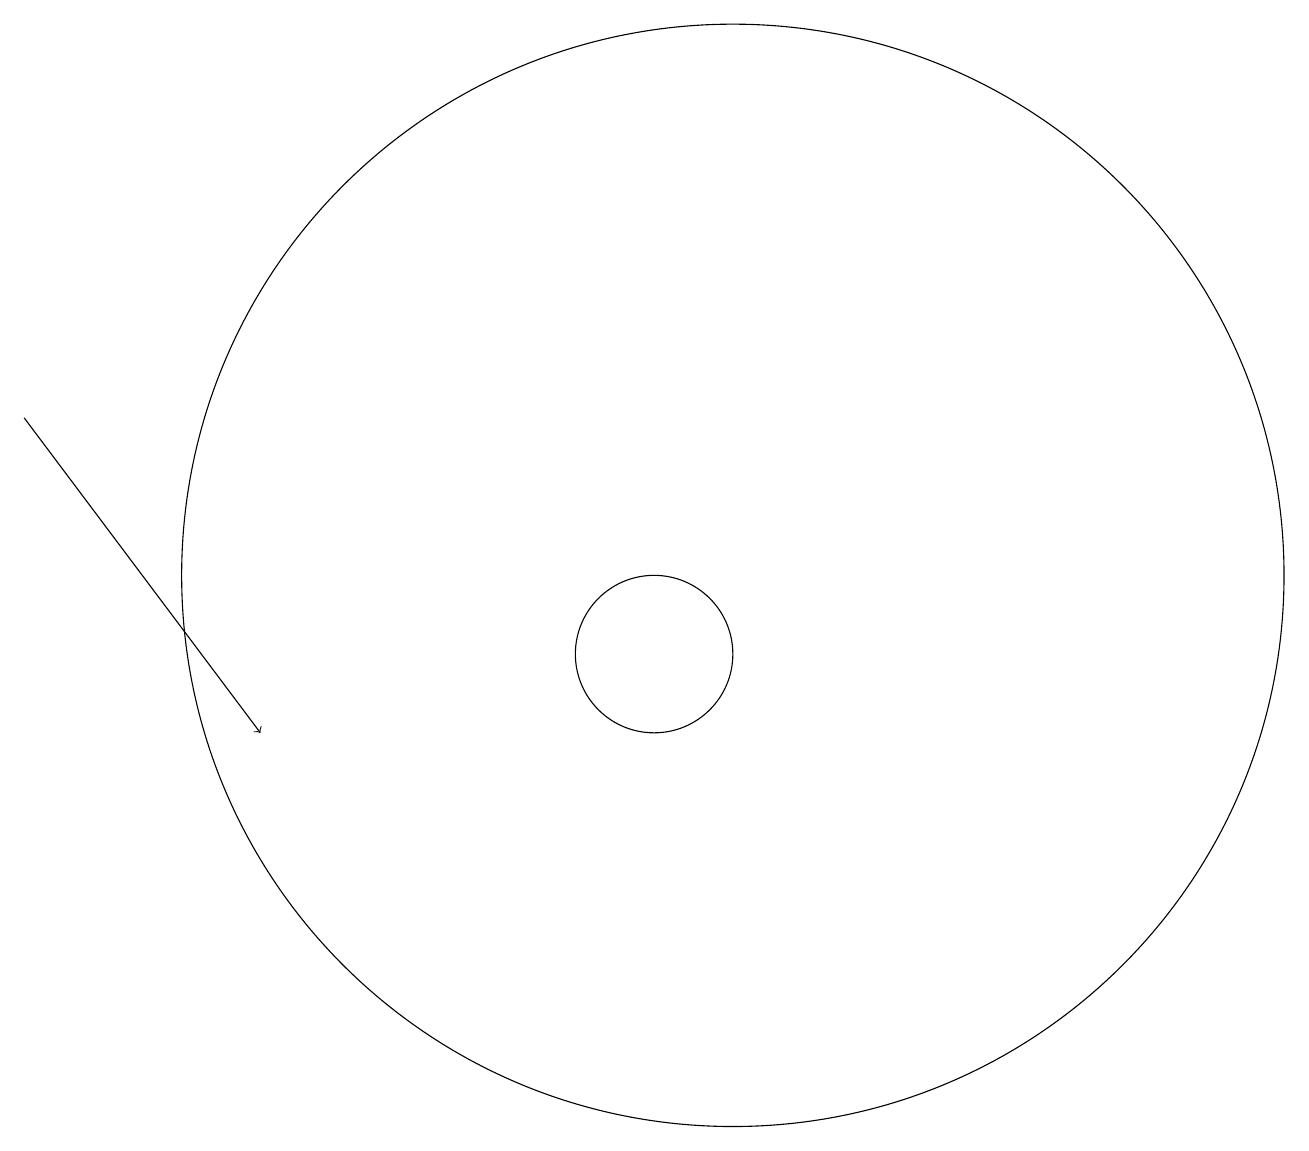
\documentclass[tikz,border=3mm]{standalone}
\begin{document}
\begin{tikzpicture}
\draw[->] (2,14) -- (5,10);
\draw (10,11) circle (1);
\draw (11,12) circle (7);
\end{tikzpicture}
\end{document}